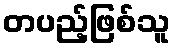
တပည့်ဖြစ်သူ